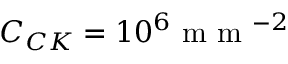
C _ { C K } = 1 0 ^ { 6 } \mathrm { ~ m ~ m ~ } ^ { - 2 }